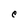
Character: e